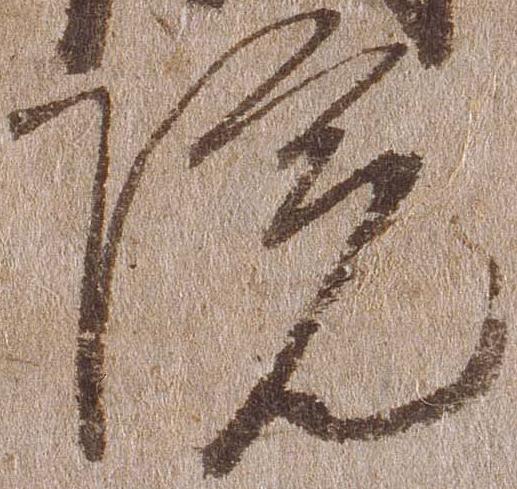
院